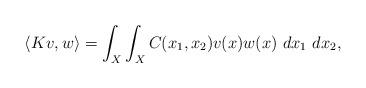
LaTeX: \begin{align*}\langle Kv,w\rangle = \int_X \int_X C(x_1,x_2)v(x)w(x)\ dx_1\ dx_2,\end{align*}